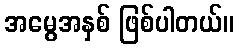
အမွေအနှစ် ဖြစ်ပါတယ်။